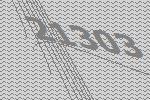
21303